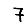
Digit: 7